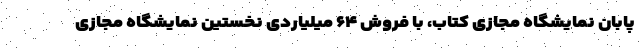
پابان نمایشگاه مجازی کتاب، با فروش ۶۴ میلیاردی نخستین نمایشگاه مجازی